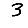
Digit: 3